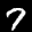
Label: 7